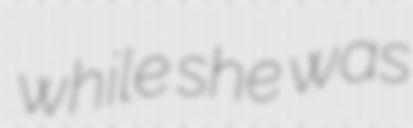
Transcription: while she was